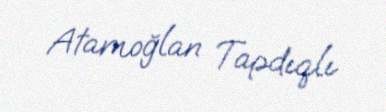
Atamoğlan Tapdıqlı